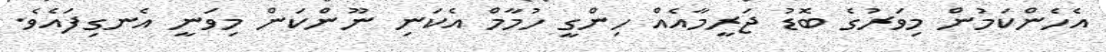
އެހެންކަމުން މިވަރުގެ ބޮޑު ޖަރީމާއެއް ހިންގީ ހުމާމް އެކަނި ނޫންކަން މިވަނީ އެނގިފައެވެ.